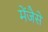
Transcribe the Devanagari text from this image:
मेंजैसे